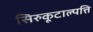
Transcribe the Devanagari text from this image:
सिरुकूटाल्पत्ति